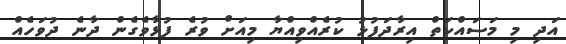
އަދި މި މަސައްކަތް އިރާދަފުޅު ކުރެއްވިއްޔާ މިއަށް ވުރެ ފުޅާވެގެން ދާނެ ދުވަހެއް